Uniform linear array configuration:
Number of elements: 32
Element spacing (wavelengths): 1
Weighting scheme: uniform
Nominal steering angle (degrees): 30
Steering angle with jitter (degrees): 31.74
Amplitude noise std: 0.05
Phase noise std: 0.05

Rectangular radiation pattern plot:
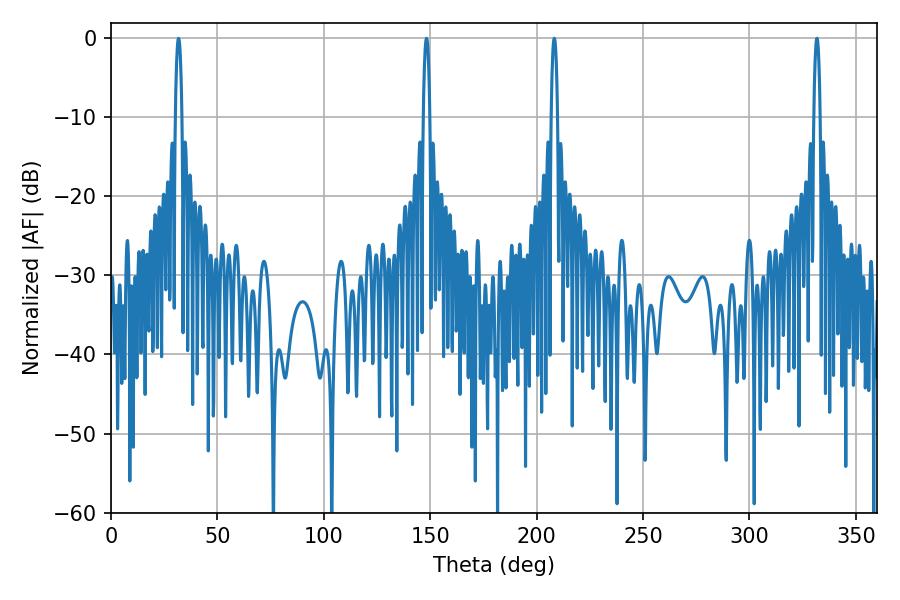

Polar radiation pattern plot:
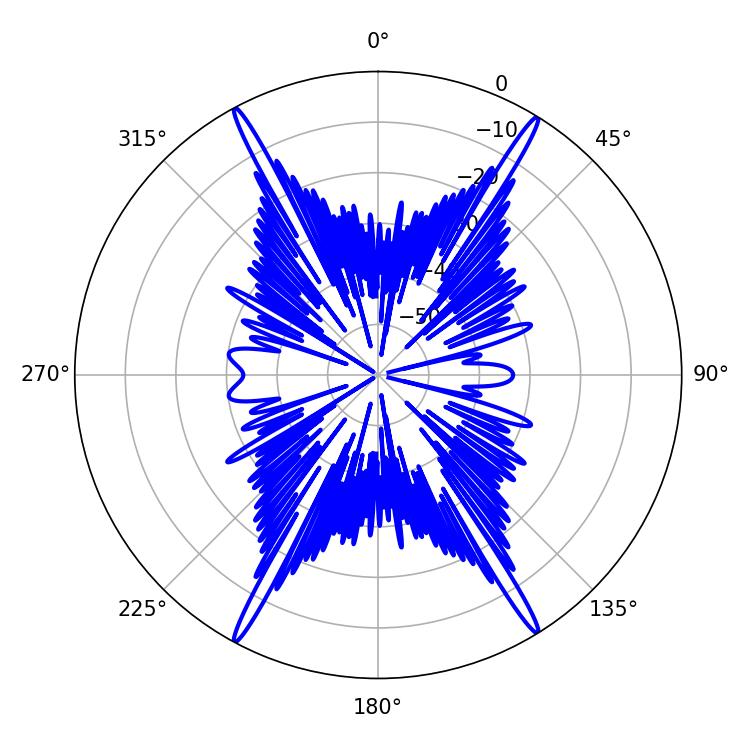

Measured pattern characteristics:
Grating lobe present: TRUE
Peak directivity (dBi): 26.181
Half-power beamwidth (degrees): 1.62
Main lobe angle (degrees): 208.26